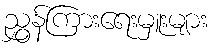
ညွှန်ကြားရေးမှူးများ